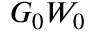
G _ { 0 } W _ { 0 }